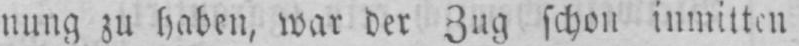
nung zu haben, war der Zug schon inmitten